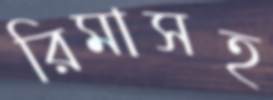
রিমাসহ